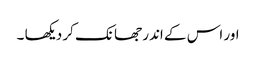
اور اس کے اندر جھانک کر دیکھا ۔